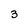
Character: 3